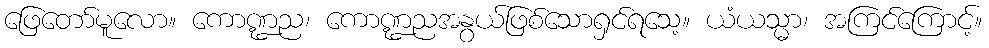
ဖြေတော်မူလော။ ကောဏ္ဍည၊ ကောဏ္ဍညအနွယ်ဖြစ်သောရှင်ရသေ့။ ယံယသ္မာ၊ အကြင်ကြောင့်။